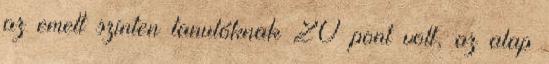
az emelt szinten tanulóknak 20 pont volt, az alap